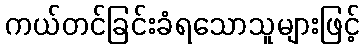
ကယ်တင်ခြင်းခံရသောသူများဖြင့်